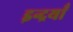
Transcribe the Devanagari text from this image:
इन्द्रयाँ